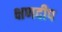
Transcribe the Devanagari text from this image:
क्षणदीप